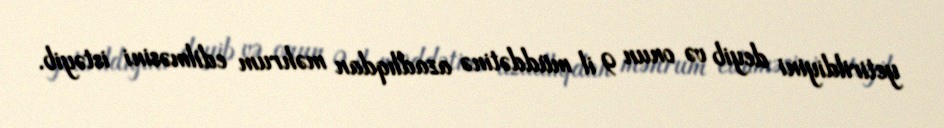
yetirildiyini deyib və onun 9 il müddətinə azadlıqdan məhrum edilməsini istəyib.